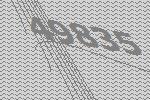
49835